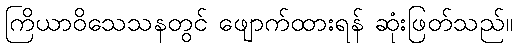
ကြိယာဝိသေသနတွင် ဖျောက်ထားရန် ဆုံးဖြတ်သည်။